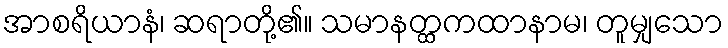
အာစရိယာနံ၊ ဆရာတို့၏။ သမာနတ္ထကထာနာမ၊ တူမျှသော